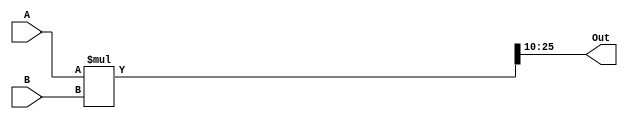
////////////////////////////////////////////////////////////////////////////////////////////////////////
//
// Institution   : Bandung Institute of Technology
//
// Design Name   : Multiplier with 2 input 
// Module Name   : mult_2in
// Project Name  : LSI Design Contest in Okinawa 2018
// Target Devices: Sigmoid Function
// Tool versions : FPGA
//
// Description: 
// 		Multiplying two input value
// 
// Input:
//  	A : 16 bit signed : First Value
//  	B : 16 bit signed : Second Value 
//
// Output:
//  	out : 16 bit signed : Result 
//
// Revision: 
// Revision 0.01 - File Created
// Additional Comments: Multiplication using operator *
//
///////////////////////////////////////////////////////////////////////////////////////////////////////

module mult_2in (A, B, Out);

input signed [15:0] A, B;
output signed [15:0] Out;

wire signed [31:0] temp;

assign temp = A*B;
assign Out = temp[25:10];

endmodule